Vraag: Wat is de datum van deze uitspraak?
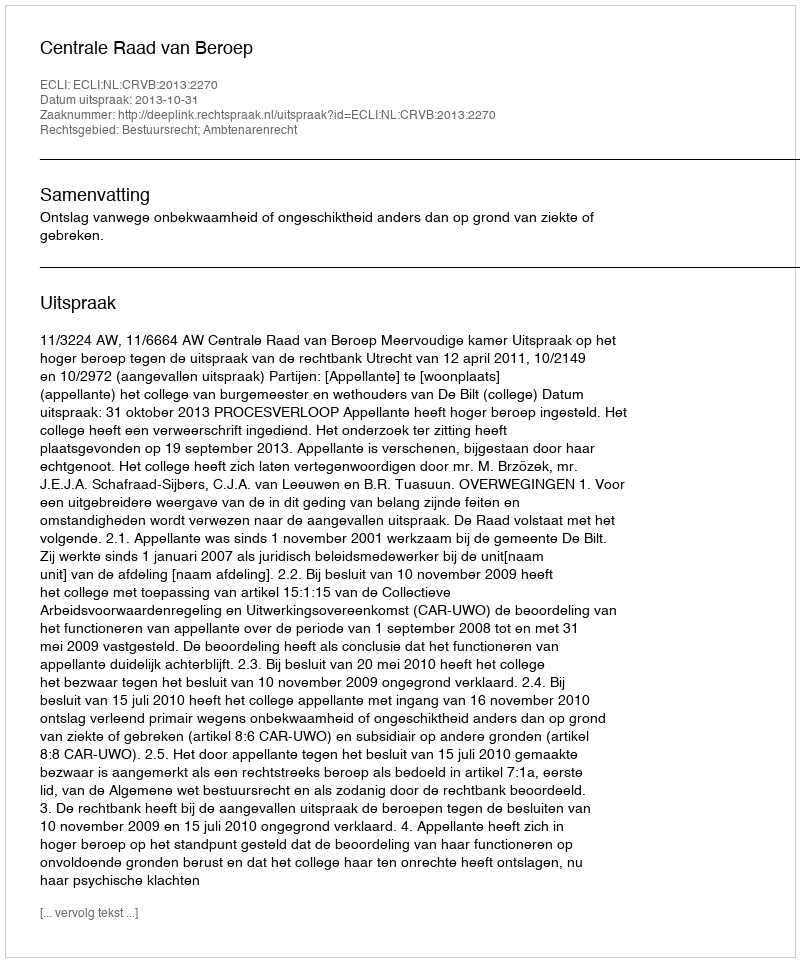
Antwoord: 2013-10-31